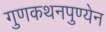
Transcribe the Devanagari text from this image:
गुणकथनपुण्येन